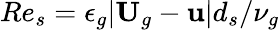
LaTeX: Re_{s}=\epsilon_{g}|\textbf{U}_{g}-\textbf{u}|d_{s}/\nu_{g}